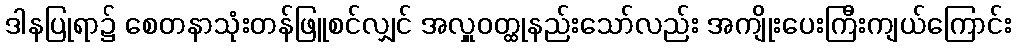
ဒါနပြုရာ၌ စေတနာသုံးတန်ဖြူစင်လျှင် အလှူဝတ္ထုနည်းသော်လည်း အကျိုးပေးကြီးကျယ်ကြောင်း